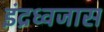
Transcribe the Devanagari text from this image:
इंद्रध्वजास